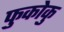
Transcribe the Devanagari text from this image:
फुकोकु